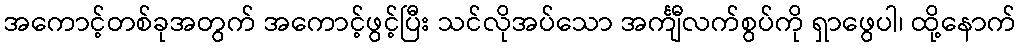
အကောင့်တစ်ခုအတွက် အကောင့်ဖွင့်ပြီး သင်လိုအပ်သော အင်္ကျီလက်စွပ်ကို ရှာဖွေပါ၊ ထို့နောက်